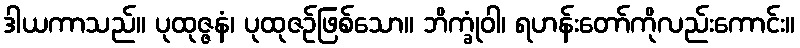
ဒါယကာသည်။ ပုထုဇ္ဇနံ၊ ပုထုဇဉ်ဖြစ်သော။ ဘိက္ခုံဝါ၊ ရဟန်းတော်ကိုလည်းကောင်း။